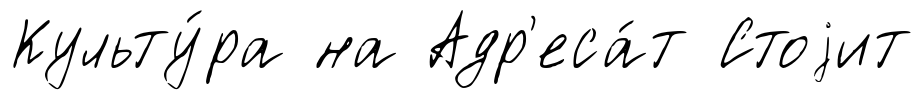
Культу́ра на Адр'еса́т Стоjит